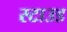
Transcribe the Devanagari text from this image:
स्टाउड